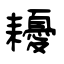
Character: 耰